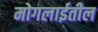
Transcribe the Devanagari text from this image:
मोगलाईतील